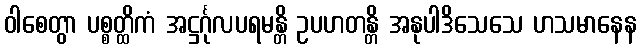
ဝါစေတွာ ပစ္စတ္ထိကံ အဋ္ဌင်္ဂုလပရမန္တိ ဥပဟတန္တိ အနုပါဒိသေသေ ဟသမာနေန